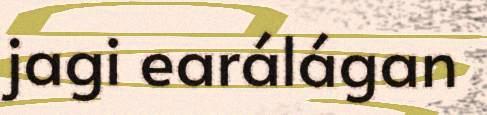
jagi earálágan